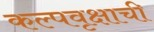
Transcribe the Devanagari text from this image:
कल्पवृक्षाची